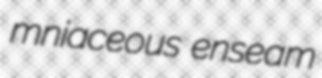
mniaceous enseam